Civil Veterinary Department. United Provinces 1912-22 - 1912-1922
Year: 1912
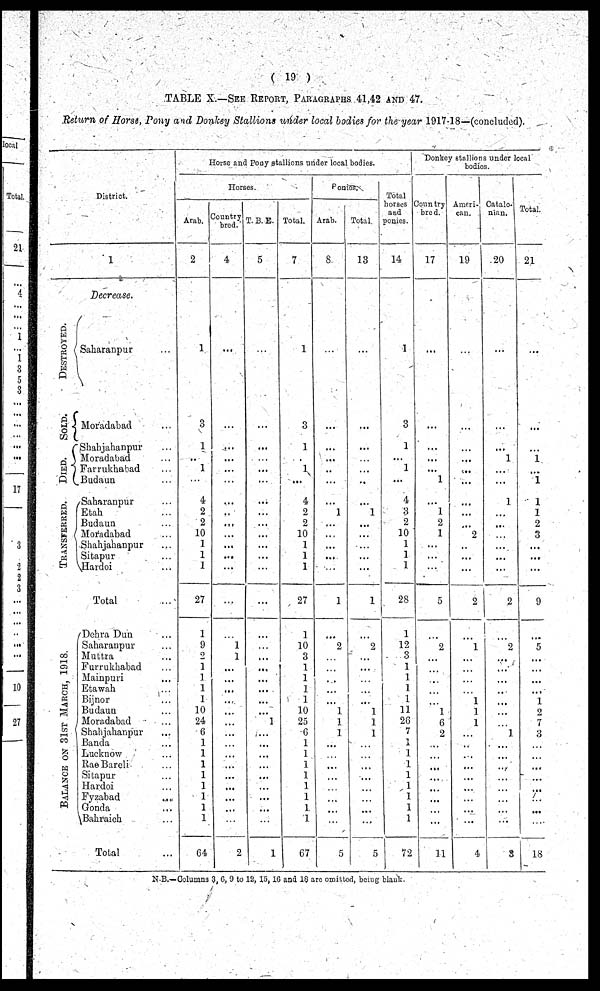
(19)
TABLE X.—See Report, Paragraphs 41,42 and 47.
Return of Horse, Pony and Donkey Stallions under local bodies for the year 1917-18—(concluded).
District.
Destroyed.
Sold.
Died.
Transferred.
Balance on 31st March, 1918.
1
Decrease.
Saharanpur ...
Moradabad ...
Shahjahanpur ...
Moradabad ...
Farrukhabad ...
Budaun ...
Saharanpur ...
Etah ...
Budaun ...
Moradabad ...
Shahjahanpur ...
Sitapur ...
Hardoi ...
Total
Dehra Dun ...
Saharanpur ...
Muttra ...
Furrukhabad ...
Mainpuri ...
Etawah ...
Bijnor ...
Budaun ...
Moradabad ...
Shahjahanpur ...
Banda ...
Lucknow ...
Rae Bareli ...
Sitapur ...
Hardoi ...
Fyzabad
...
Gonda ...
Bahraich ...
Total
Horse and Pony stallions under local bodies.
Horses.
Arab.
2
1
3
1
...
1
...
4
2
2
10
1
1
1
27
1
9
2
1
1
1
1
10
24
6
1
1
1
1
1
1
1
1
64
Country
bred.
4
...
...
...
...
...
...
...
..
...
...
...
...
...
...
...
1
1
...
...
...
...
...
...
...
...
...
...
...
...
...
...
2
T. B. E.
5
...
...
...
...
...
...
...
...
...
...
...
...
...
...
...
...
...
...
...
...
...
...
1
...
...
...
...
...
...
...
...
...
1
Total.
7
1
3
1
...
1
...
4
2
2
10
1
1
1
27
1
10
3
1
1
1
1
10
25
6
1
1
1
1
1
1
1
1
67
Ponies.
Arab.
8
...
...
...
...
...
...
...
1
...
...
...
...
...
1
...
2
...
...
...
...
1
1
1
...
...
...
...
...
...
...
...
5
Total.
13
...
...
...
...
...
...
...
1
...
...
...
...
...
1
...
2
...
...
...
...
...
1
1
1
...
...
...
...
...
...
...
...
5
Total
horses
and
ponies.
14
1
3
1
...
1
...
4
3
2
10
1
1
1
28
1
12
3
...
...
...
...
11
26
...
...
...
...
...
...
...
...
1
72
Donkey stallions under local
bodies.
Country
bred.
17
...
...
...
...
...
1
...
1
2
1
...
...
...
5
...
2
...
...
...
...
...
1
6
2
...
...
...
...
...
...
...
...
11
Ameri-
can.
19
...
...
...
...
...
...
...
...
...
2
...
...
...
2
...
1
...
...
...
...
1
1
1
...
...
...
...
...
...
...
...
...
4
Catalo-
nian.
20
...
...
...
1
...
...
1
...
...
...
...
...
...
2
...
2
...
...
...
...
...
...
...
1
...
...
...
...
...
...
...
...
3
Total.
21
...
...
...
1
...
1
1
1
2
3
...
...
...
9
...
5
...
...
...
...
1
9
7
3
...
...
...
...
...
...
...
...
18
N. B.—Columns 3, 6, 9 to 12, 15, 16 and 18 are omitted, being blank.